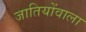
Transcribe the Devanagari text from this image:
जातियोंवाला